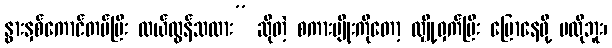
နွားနှစ်ကောင်တပ်ပြီး လယ်ထွန်သလား” ဆိုတဲ့ စကားမျိုးကိုတော့ လျှို့ဝှက်ပြီး ပြောနေဖို့ မလိုဘူး၊